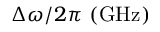
\Delta \omega / 2 \pi ~ \mathrm { ( G H z ) }